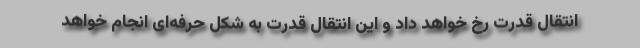
انتقال قدرت رخ خواهد داد و این انتقال قدرت به شکل حرفه‌ای انجام خواهد